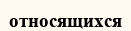
относящихся